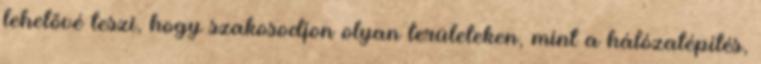
lehetővé teszi, hogy szakosodjon olyan területeken, mint a hálózatépítés,